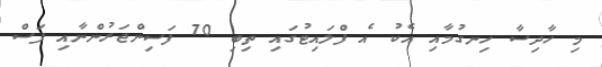
މި ހާދިސާ ހިނގުމާއި އެކު އެ ފްލައިޓުގައި ތިބި 70 ފަސިންޖަރުންނާއި ފަސް